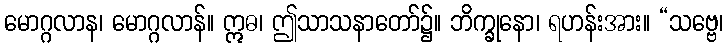
မောဂ္ဂလာန၊ မောဂ္ဂလာန်။ ဣဓ၊ ဤသာသနာတော်၌။ ဘိက္ခုနော၊ ရဟန်းအား။ “သဗ္ဗေ၊